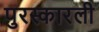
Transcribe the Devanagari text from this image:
पुरस्कारली